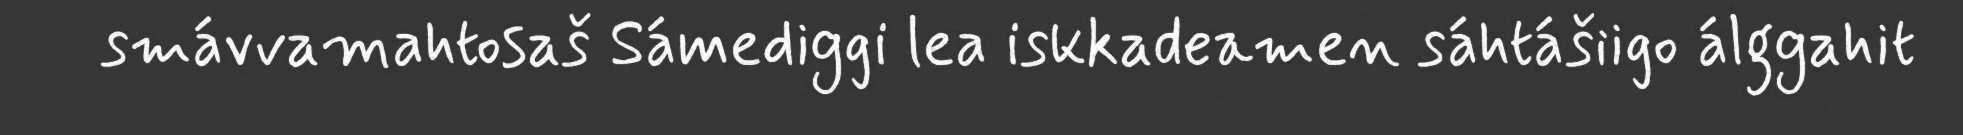
smávvamahtosaš Sámediggi lea iskkadeamen sáhtášiigo álggahit